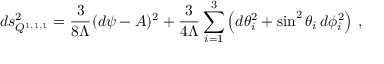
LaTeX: d s _ { Q ^ { 1 , 1 , 1 } } ^ { 2 } = \frac { 3 } { 8 \Lambda } ( d \psi - { \cal A } ) ^ { 2 } + \frac { 3 } { 4 \Lambda } \sum _ { i = 1 } ^ { 3 } \left( d \theta _ { i } ^ { 2 } + \sin ^ { 2 } \theta _ { i } \, d \phi _ { i } ^ { 2 } \right) \, ,